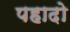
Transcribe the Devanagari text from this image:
पहादो